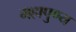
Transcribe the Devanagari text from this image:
महापुण्य